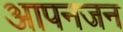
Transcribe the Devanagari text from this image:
आपनजन